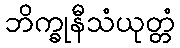
ဘိက္ခုနီသံယုတ္တံ